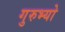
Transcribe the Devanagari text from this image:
गुरुभ्यो